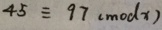
4 5 \equiv 9 7 ( m o d x )